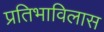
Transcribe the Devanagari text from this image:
प्रतिभाविलास